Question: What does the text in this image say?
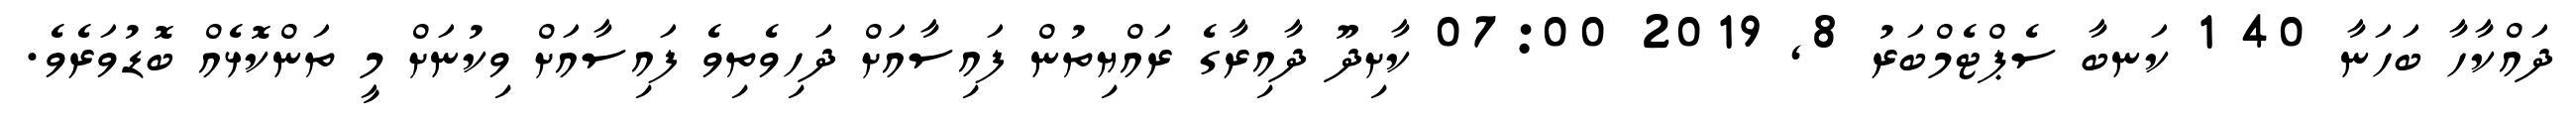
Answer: ދައްކާހާ ބަހަނާ 40 1 ކަނބާ ސެޕްޓެމްބަރު 8, 2019 07:00 ކާށިދޫ ދާއިރާގެ ރައްޔިތުން ފައިސާއަށް ދަހިވެތިވެ ފައިސާއަށް ވިކުނަށް މީ ތަންކޮޅެއް ބޮޑުވަރެވެ.